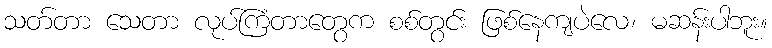
သတ်တာ သေတာ လုပ်ကြံတာတွေက စစ်တွင်း ဖြစ်နေကျပဲလေ၊ မဆန်းပါဘူး။